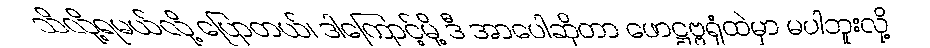
သိလို့ရမယ်လို့ ပြောတယ်၊ ဒါကြောင့်မို့ ဒီ အာပေါဆိုတာ ဖောဋ္ဌဗ္ဗရုံထဲမှာ မပါဘူးလို့